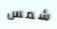
شمس